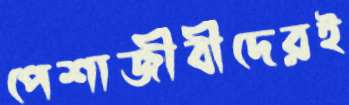
পেশাজীবীদেরই